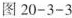
图20-3-3